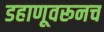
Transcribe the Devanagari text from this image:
डहाणूवरूनच